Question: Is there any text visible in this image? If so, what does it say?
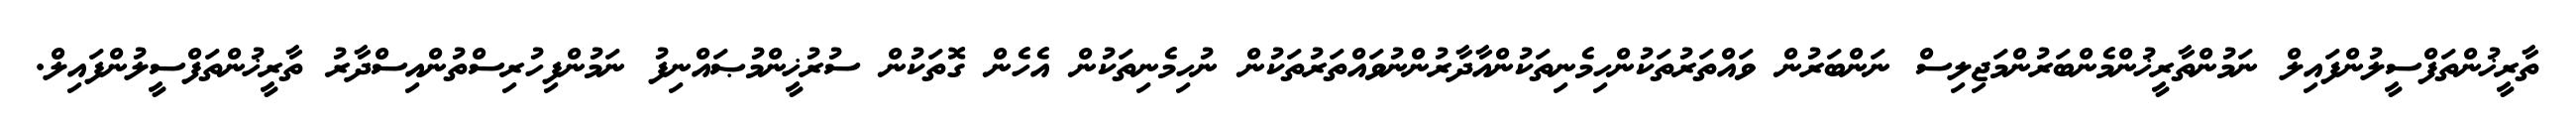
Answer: ތާރީޚުންތަފްސީލުންފައިލް ނަމުންތާރީޚުންމެންބަރުންމަޖިލިސް ނަންބަރުން ވައްތަރުތަކުންހިމެނިތަކުންއާދާރުންނުވައްތަރުތަކުން ނުހިމެނިތަކުން އެހެން ގޮތަކުން ސުރުޚީންމުޞައްނިފު ނަމުންފިހުރިސްތުންއިސްދާރު ތާރީޚުންތަފްސީލުންފައިލް.